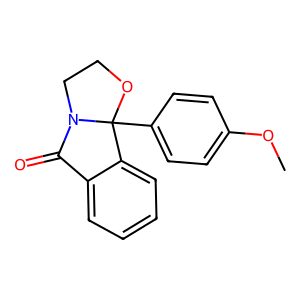
SMILES: COc1ccc(C23OCCN2C(=O)c2ccccc23)cc1
Inhibits HIV replication: No